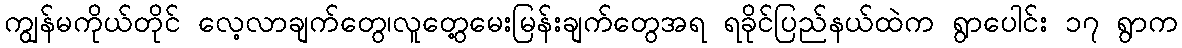
ကျွန်မကိုယ်တိုင် လေ့လာချက်တွေ၊လူတွေ့မေးမြန်းချက်တွေအရ ရခိုင်ပြည်နယ်ထဲက ရွာပေါင်း ၁၇ ရွာက